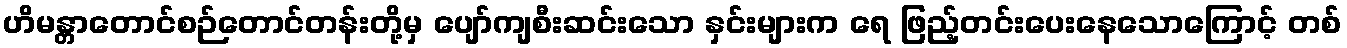
ဟိမန္တာတောင်စဉ်တောင်တန်းတို့မှ ပျော်ကျစီးဆင်းသော နှင်းများက ရေ ဖြည့်တင်းပေးနေသောကြောင့် တစ်